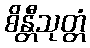
စိန္တီသုတ္တံ